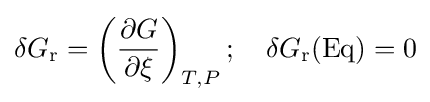
\delta G_{\mathrm {r} }=\left({\frac {\partial G}{\partial \xi }}\right)_{T,P};\quad \delta G_{\mathrm {r} }(\mathrm {Eq} )=0